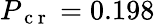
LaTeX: P_{\mathrm{~c~r~}}=0.198